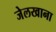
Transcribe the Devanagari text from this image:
जेलखाना